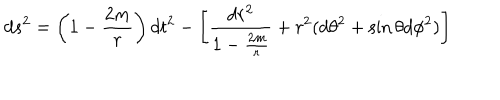
LaTeX: d s ^ { 2 } = \left( 1 - \frac { 2 m } { r } \right) d t ^ { 2 } - \left[ \frac { d r ^ { 2 } } { 1 - \frac { 2 m } { r } } + r ^ { 2 } ( d \theta ^ { 2 } + \sin { \theta } d \phi ^ { 2 } ) \right]